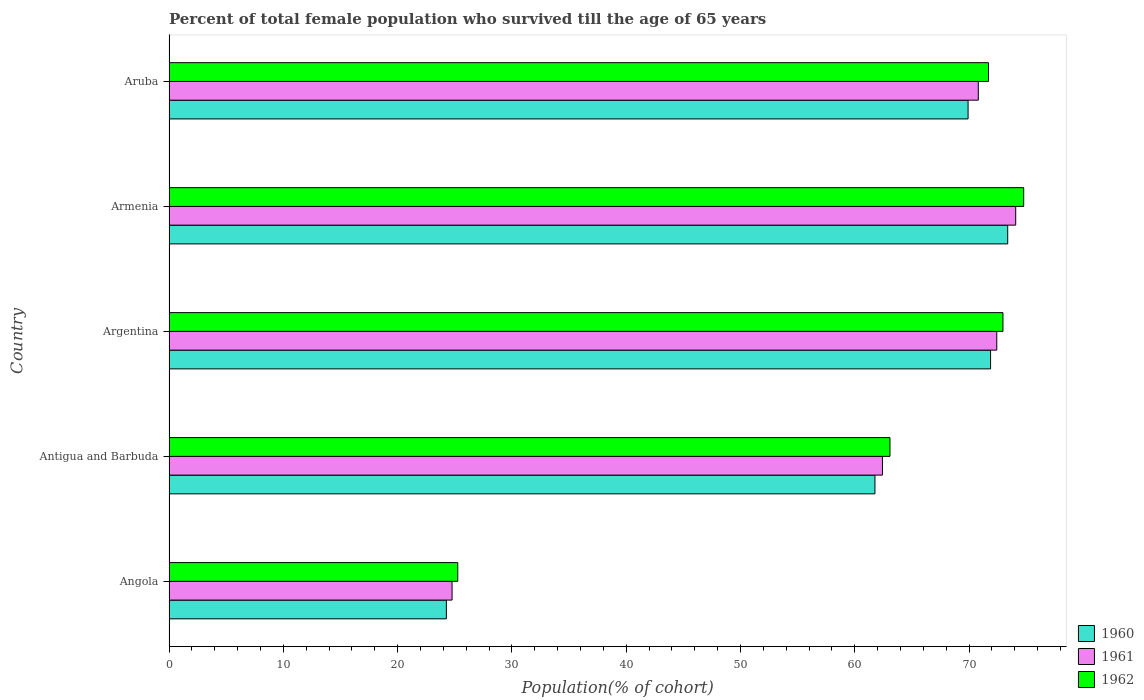
| Country | 1960 | 1961 | 1962 |
 | --- | --- | --- | --- |
 | Angola | 24.3 | 24.8 | 25.3 |
 | Antigua and Barbuda | 61.8 | 62.4 | 63.1 |
 | Argentina | 71.9 | 72.4 | 73 |
 | Armenia | 73.4 | 74.1 | 74.8 |
 | Aruba | 69.9 | 70.8 | 71.7 |